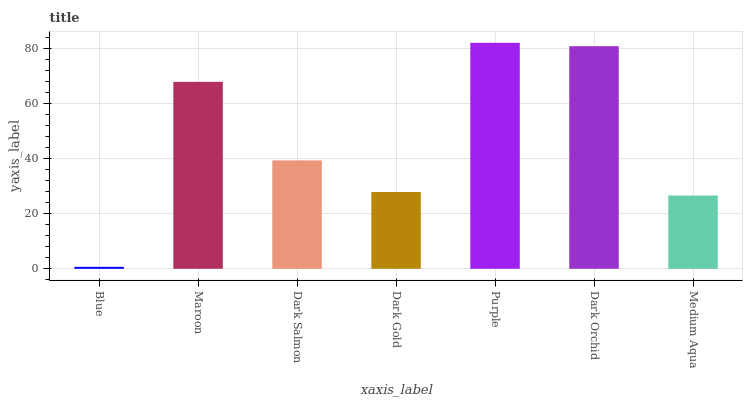
| xaxis_label | bars |
 | --- | --- |
 | Blue | 0.715 |
 | Maroon | 67.8 |
 | Dark Salmon | 39.3 |
 | Dark Gold | 27.9 |
 | Purple | 82 |
 | Dark Orchid | 80.7 |
 | Medium Aqua | 26.6 |